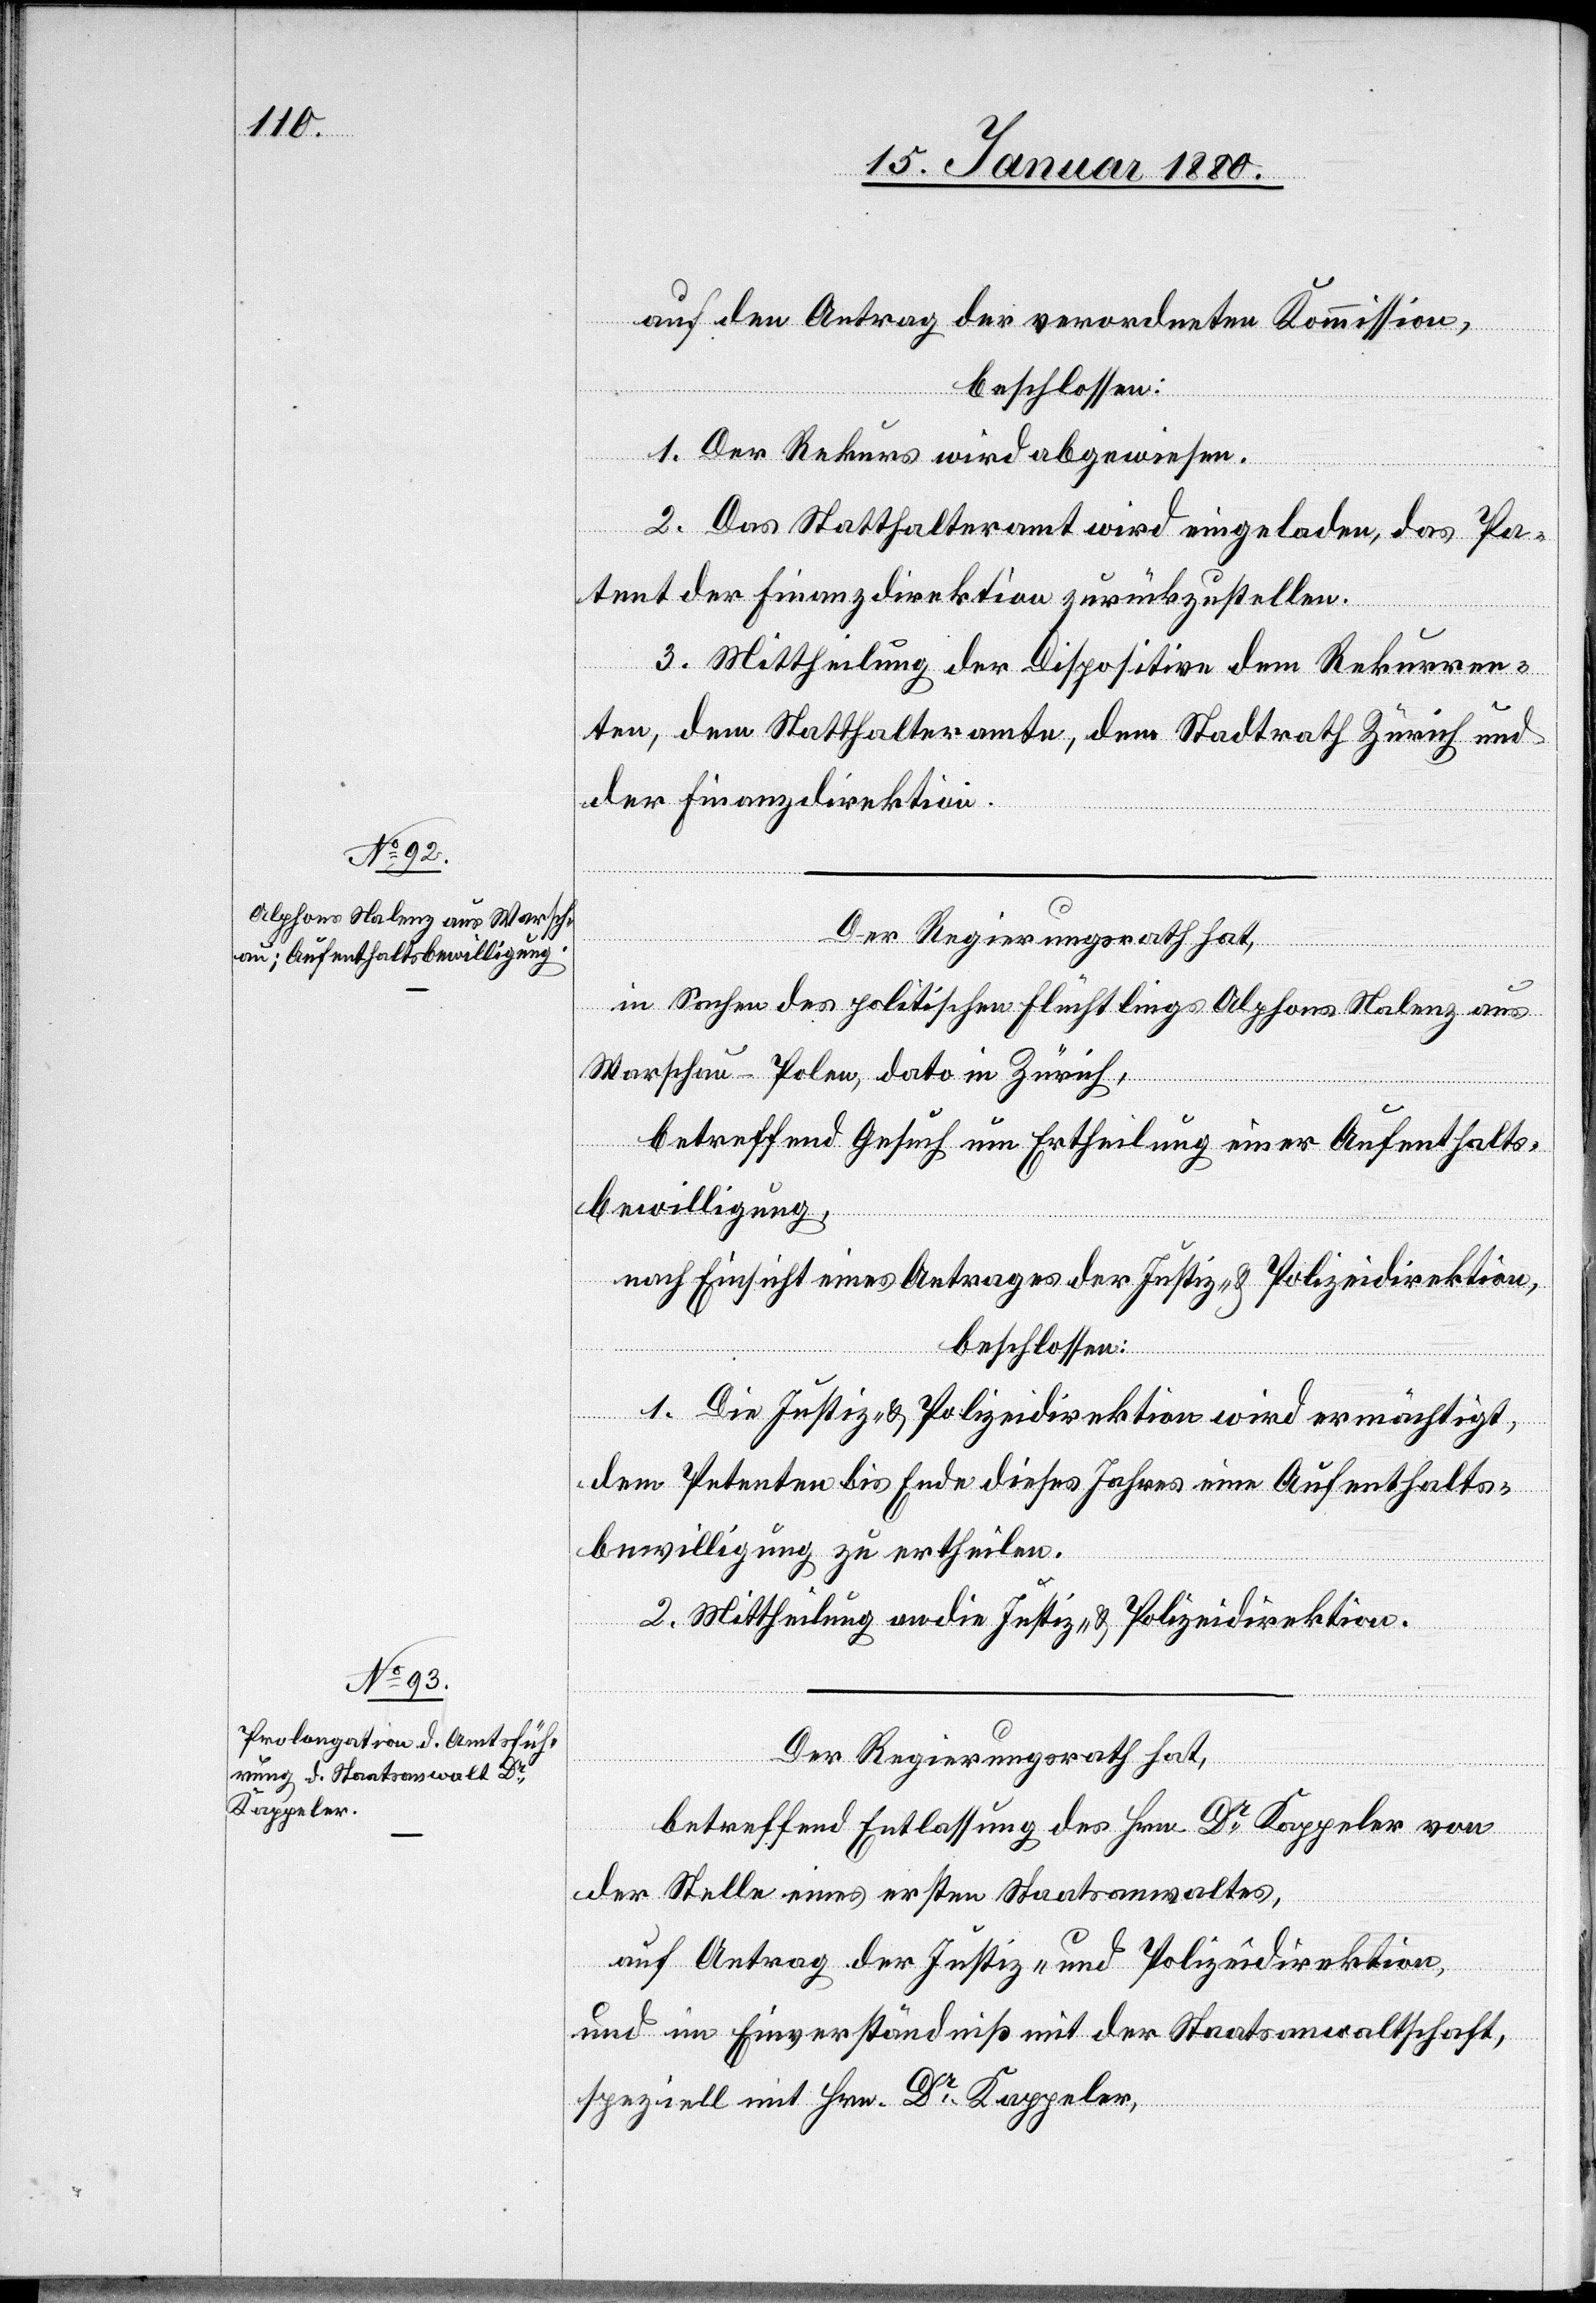
auf den Antrag der verordneten Kommission,
beschlossen:
1. Der Rekurs wird abgewiesen.
2. Das Statthalteramt wird eingeladen, das Pa¬
tent der Finanzdirektion zurückzustellen.
3. Mittheilung der Dispositive dem Rekurren¬
ten, dem Statthalteramte, dem Stadtrath Zürich und
der Finanzdirektion.
Der Regierungsrath hat,
in Sachen des politischen Flüchtlings Alphons Nalenz aus
Warschau - Polen, dato in Zürich,
betreffend Gesuch um Ertheilung einer Aufenthalts¬
bewilligung,
nach Einsicht eines Antrages der Justiz- & Polizeidirektion,
beschlossen:
1. Die Justiz- & Polizeidirektion wird ermächtigt,
dem Petenten bis Ende dieses Jahres eine Aufenthalts¬
bewilligung zu ertheilen.
2. Mittheilung an die Justiz- & Polizeidirektion.
Der Regierungsrath hat,
betreffend Entlassung des Hrn. Dr Kappeler von
der Stelle eines ersten Staatsanwaltes,
auf Antrag der Justiz- & Polizeidirektion
und im Einverständniß mit der Staatsanwaltschaft,
speziell mit Hrn. Dr Kappeler,